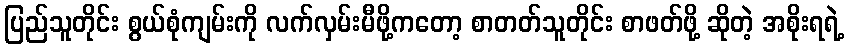
ပြည်သူတိုင်း စွယ်စုံကျမ်းကို လက်လှမ်းမီဖို့ကတော့ စာတတ်သူတိုင်း စာဖတ်ဖို့ ဆိုတဲ့ အစိုးရရဲ့